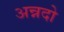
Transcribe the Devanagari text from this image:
अन्नदो